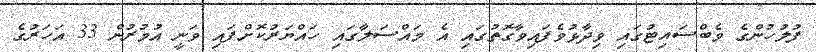
ފުލުހުންގެ ވެބްސައިޓުގައި ވިދާޅުވެފައިވާގޮތުގައި އެ މައްސަލާގައި ހައްޔަރުކޮށްފައި ވަނީ އުމުރުން 33 އަހަރުގެ